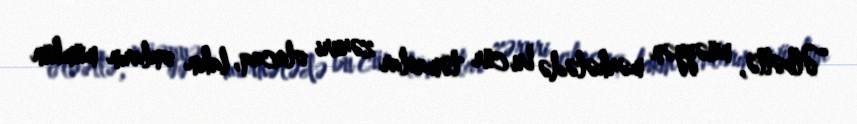
“Əlbəttə, müəyyən mərhələdə bu cür təmaslar zəruri olacaq, lakin onların mümkün